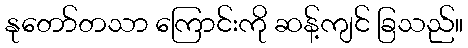
နုတော်တသာ ကြောင်းကို ဆန့်ကျင် ခြသည်။